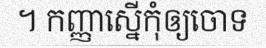
។ កញ្ញាស្នើកុំឲ្យចោទ